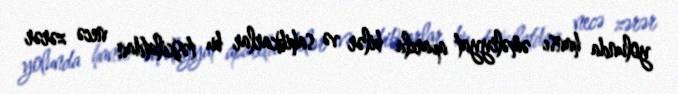
yolunda hansı əməliyyat aparıla bilər və sahibkarlar bu təşkilatdan necə zərər